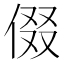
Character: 𬾧